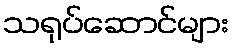
သရုပ်ဆောင်များ